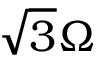
\sqrt { 3 } \Omega